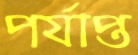
পর্যাপ্ত